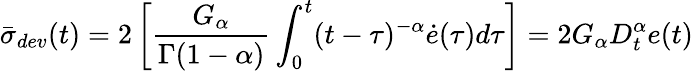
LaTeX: \bar{\sigma}_{dev}(t)=2\left[\frac{G_{\alpha}}{\Gamma(1-\alpha)}\int_{0}^{t}(t-\tau)^{-\alpha}\dot{e}(\tau)d\tau\right]=2G_{\alpha}D_{t}^{\alpha}e(t)